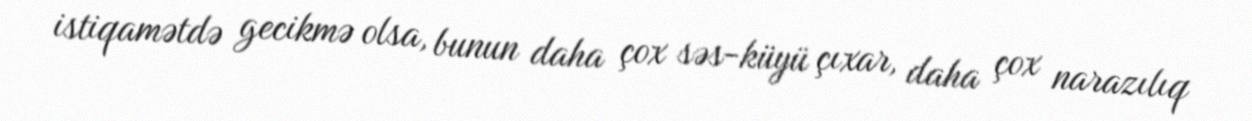
istiqamətdə gecikmə olsa, bunun daha çox səs-küyü çıxar, daha çox narazılıq